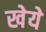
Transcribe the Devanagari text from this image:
खेये